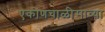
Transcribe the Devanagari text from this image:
एकोणचाळीसाव्या